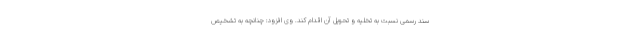
سند رسمی نسبت به تخلیه و تحویل آن اقدام کند. وی افزود: چنانچه به تشخیص